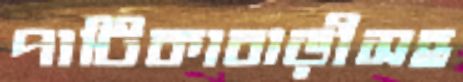
পাটিকাবাড়ীসহ